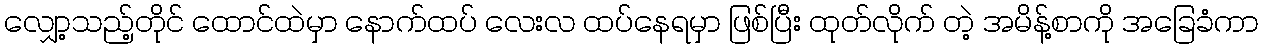
လျှော့သည့်တိုင် ထောင်ထဲမှာ နောက်ထပ် လေးလ ထပ်နေရမှာ ဖြစ်ပြီး ထုတ်လိုက် တဲ့ အမိန့်စာကို အခြေခံကာ